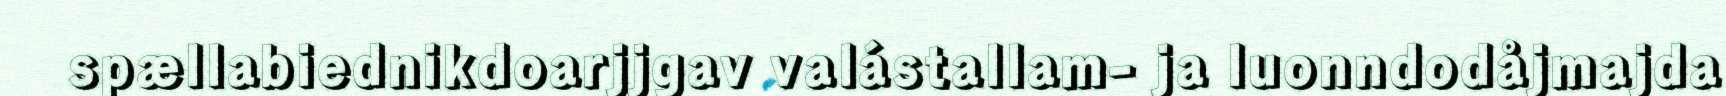
spællabiednikdoarjjgav valástallam- ja luonndodåjmajda